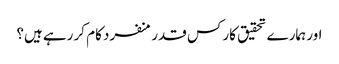
اور ہمارے تحقیق کار کس قدر منفرد کام کر رہے ہیں؟